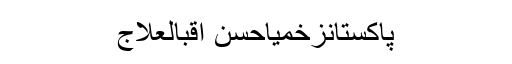
پاکستانزخمیاحسن اقبالعلاج